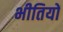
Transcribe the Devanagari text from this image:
भीतियों